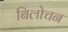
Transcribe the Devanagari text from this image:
बिलोचन